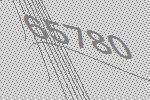
65780